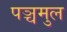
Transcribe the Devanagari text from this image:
पञ्चमुल